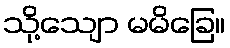
သို့သျော မမိခြေ။